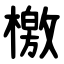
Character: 檄